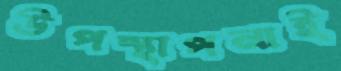
উপস্থাপনাই